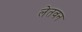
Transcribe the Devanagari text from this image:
लेतवन